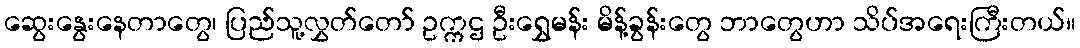
ဆွေးနွေးနေတာတွေ၊ ပြည်သူ့လွှတ်တော် ဥက္ကဌ ဦးရွှေမန်း မိန့်ခွန်းတွေ ဘာတွေဟာ သိပ်အရေးကြီးတယ်။